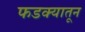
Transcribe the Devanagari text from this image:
फडक्यातून